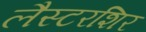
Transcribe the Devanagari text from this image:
लैस्टरशिर